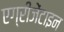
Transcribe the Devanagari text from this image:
एग्रीजेंटाइन